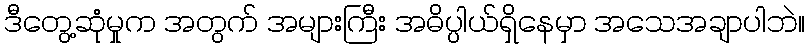
ဒီတွေ့ဆုံမှုက အတွက် အများကြီး အဓိပ္ပါယ်ရှိနေမှာ အသေအချာပါဘဲ။